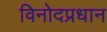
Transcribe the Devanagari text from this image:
विनोदप्रधान